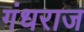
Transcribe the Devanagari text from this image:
गंधराज